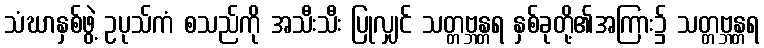
သံဃာနှစ်ဖွဲ့ ဥပုသ်ကံ စသည်ကို အသီးသီး ပြုလျှင် သတ္တဗ္ဘန္တရ နှစ်ခုတို့၏အကြား၌ သတ္တဗ္ဘန္တရ